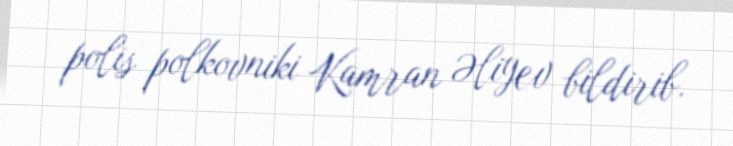
polis polkovniki Kamran Əliyev bildirib.